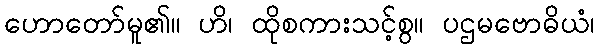
ဟောတော်မူ၏။ ဟိ၊ ထိုစကားသင့်စွ။ ပဌမဗောဓိယံ၊